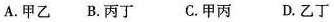
A.甲乙 B.丙丁 C.甲丙 D.乙丁